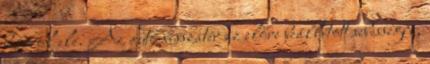
besorol elé. Az autó visszatér az előre beállított sebességre,